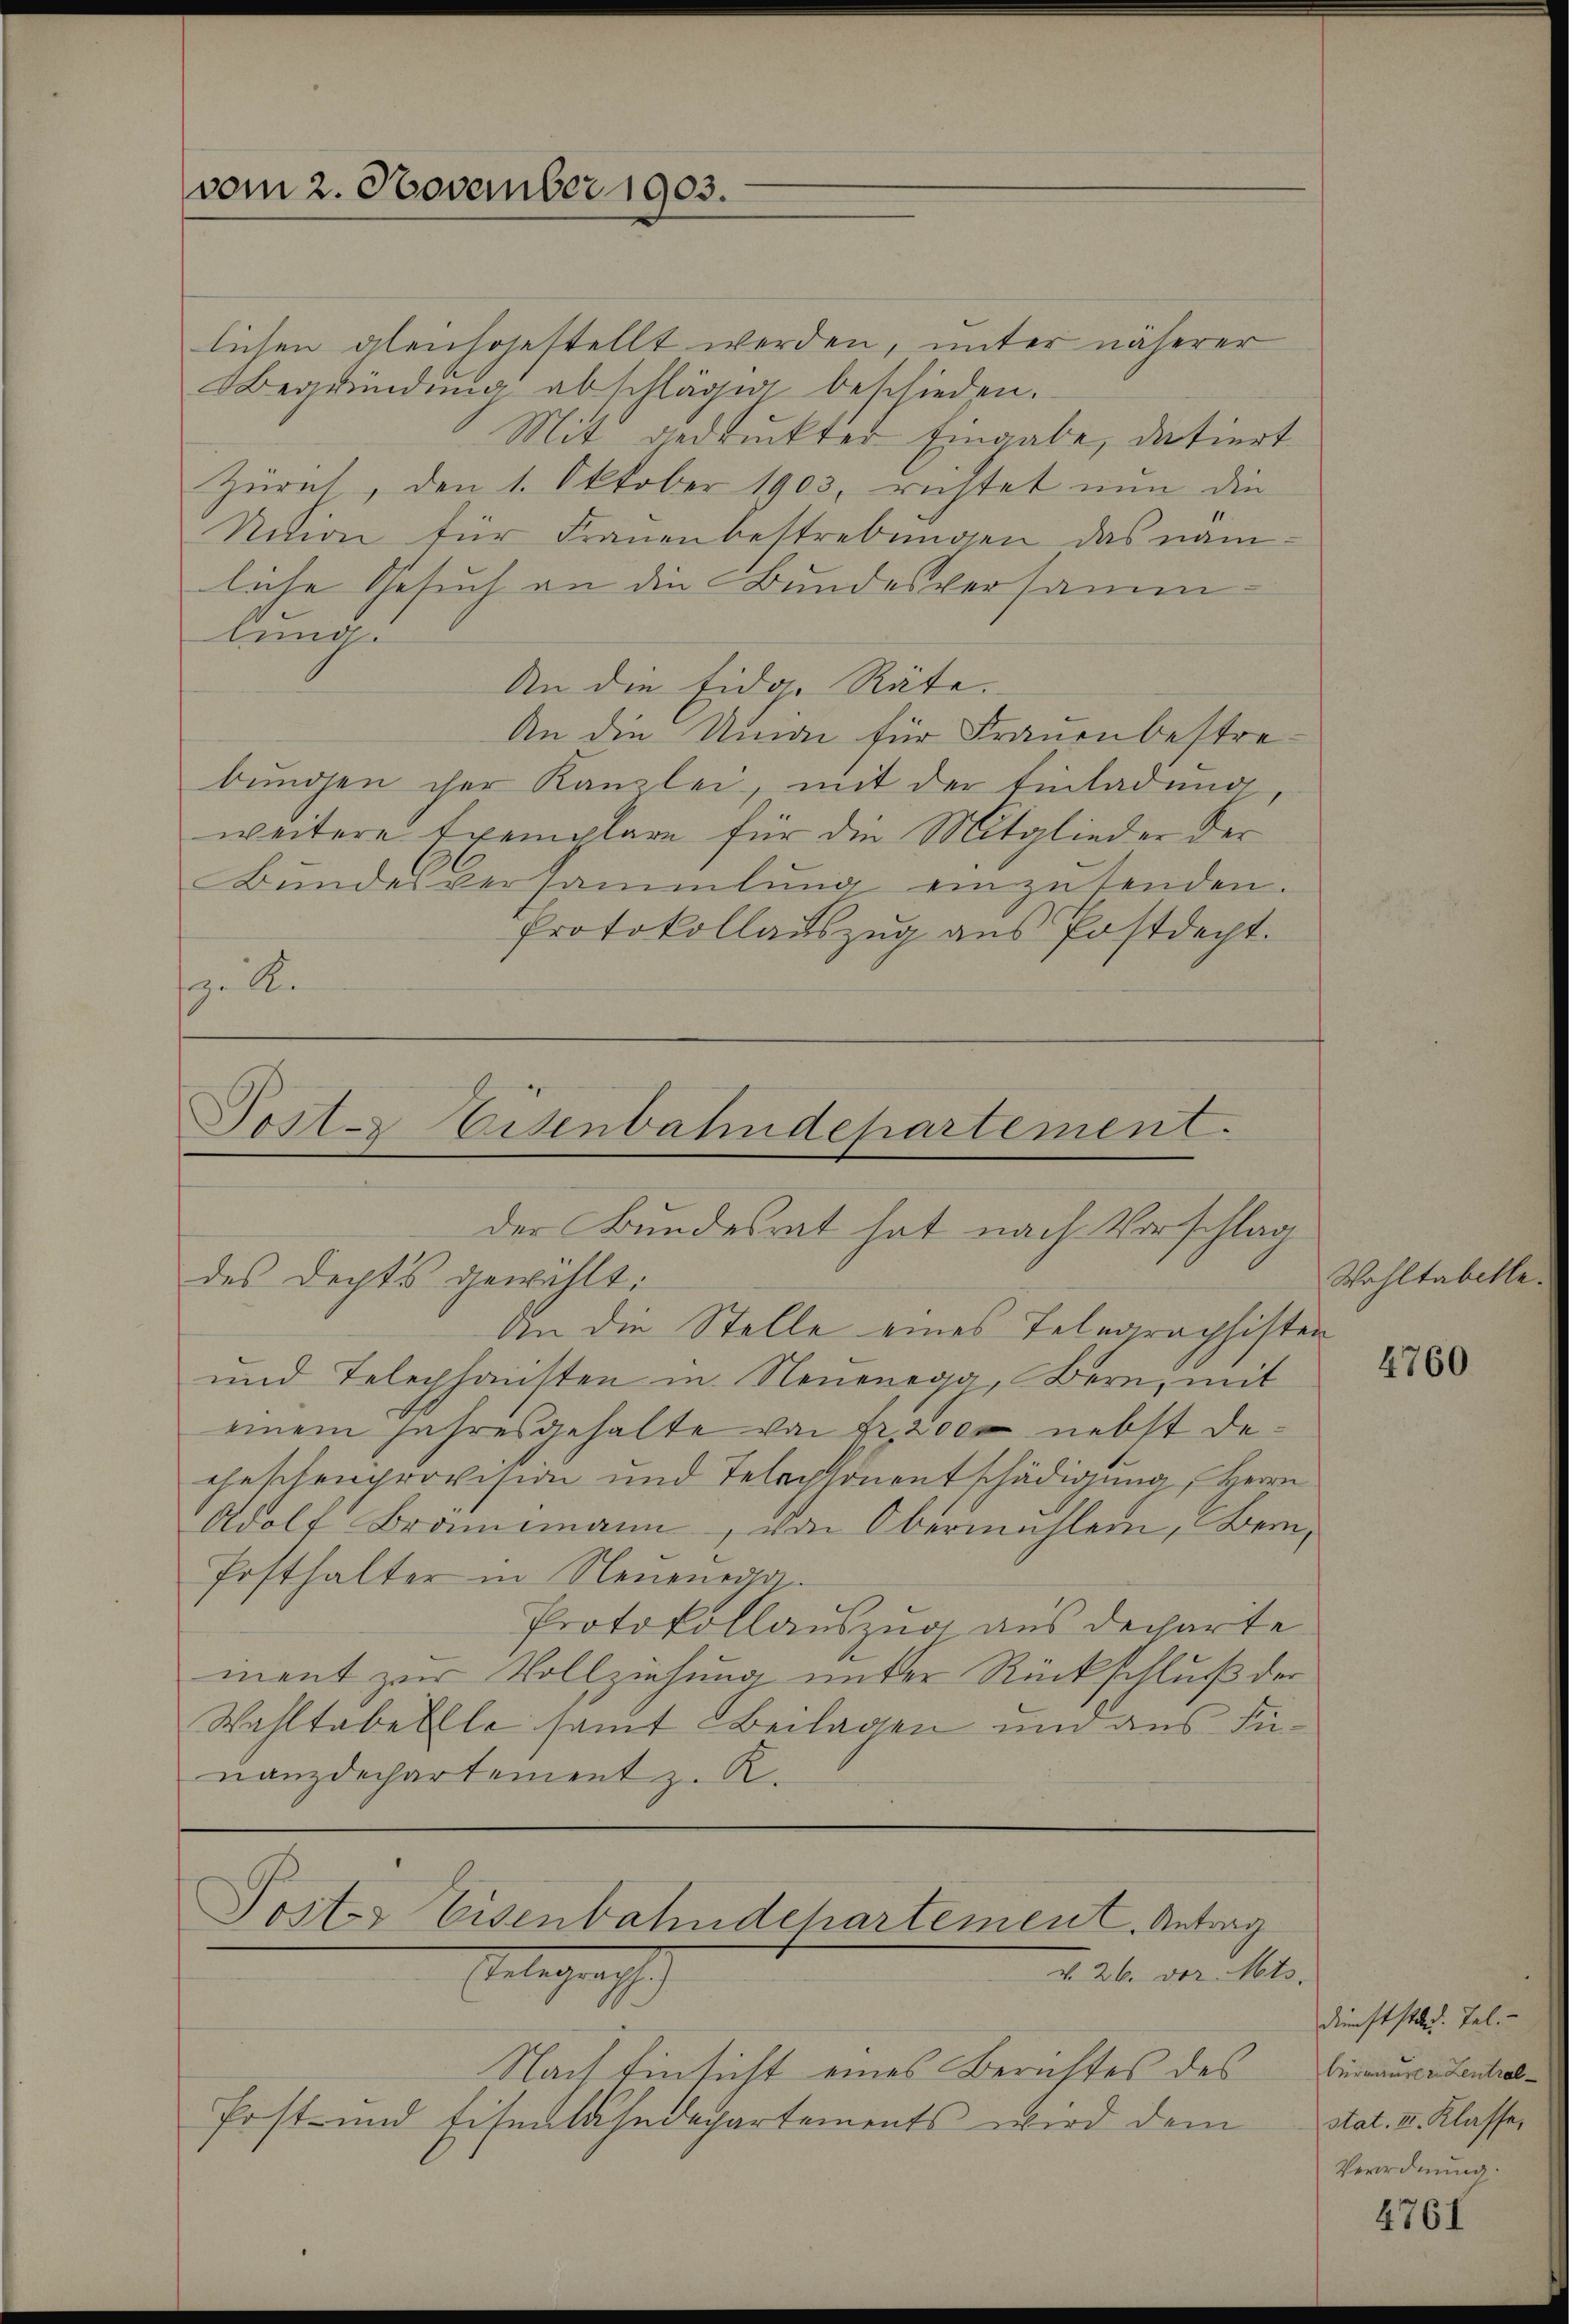
vom 2. November 1903.

lichen gleichgestellt werden, unter näherer
Begründung abschlägig beschieden.
Mit gedruckter Eingabe, datiert
Zürich, den 1. Oktober 1903, richtet nun die
Nation für Frauenbestrebungen das nam
liche Gesuch an die Bundesversammlung
An die Eidg. Räte.
An die Union für Frauenbestrebungen der Kanzlei, mit der Einladung
weitere Exemplare für die Mitglieder der
Bundesversammlung einzusenden.
Protokollaŭszŭg aŭs Postdept.
s. be

Post. Eisenbahndepartement.
der Bundesrat hat nach Vorschlag

des Rechts gewählt:
An die Stelle eines Telegraphisten
und Telechhausten in Neuenegg, Bern, mit
einem Jahresgehalte von Erziez nebst deeheschenprovision und Telephonentschädigung, Herrn
Adolf Brammann, von Obermahlen, Bern,
Posthalter in Neuenda
Protokollauszug aus decharte
ment zur Vollziehung unter Rückschluß der
Wahltabelle samt Beilagen und aus Finanzdechartement z. R.

Postes Eisenbahndchartement. Antrag
Gelegensch
v. 26. vor. Mts.

Nach Einsicht eines Berichtes des
Post- und Eisenbahndepartements wird dem

Wohltabelle.

4760

Dienst stand. Tal.
Burmaurer Lentral-
stat. II. Klasse,
Verordnung.

4761